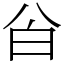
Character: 㒶